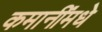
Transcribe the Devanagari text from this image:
कमानींमधे